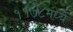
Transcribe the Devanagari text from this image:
११७८मध्ये